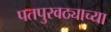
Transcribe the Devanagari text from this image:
पतपुरवठ्याच्या